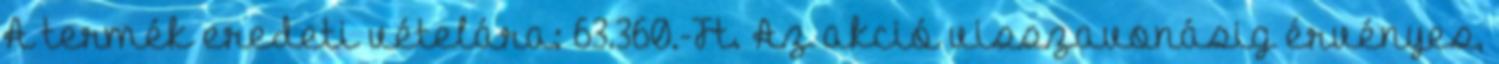
A termék eredeti vételára: 63.360.-Ft. Az akció visszavonásig érvényes,